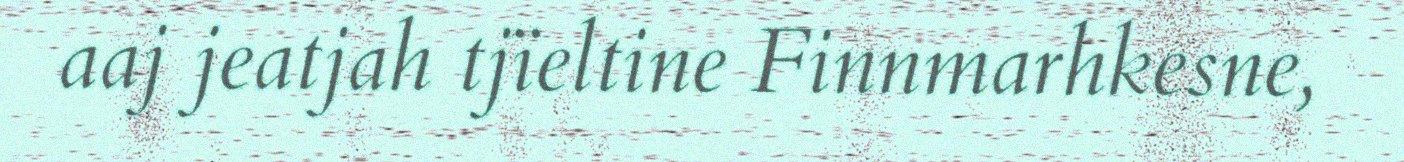
aaj jeatjah tjïeltine Finnmarhkesne,